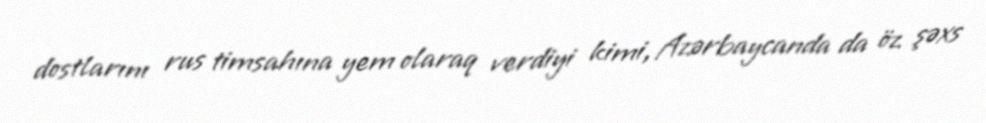
dostlarını rus timsahına yem olaraq verdiyi kimi, Azərbaycanda da öz şəxs